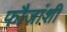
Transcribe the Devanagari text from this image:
फौजांशी